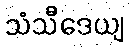
သံသီဒေယျ